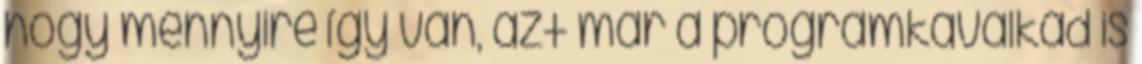
hogy mennyire így van, azt már a programkavalkád is